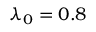
\lambda _ { 0 } = 0 . 8